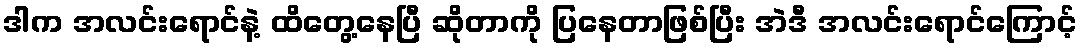
ဒါက အလင်းရောင်နဲ့ ထိတွေ့နေပြီ ဆိုတာကို ပြနေတာဖြစ်ပြီး အဲဒီ အလင်းရောင်ကြောင့်